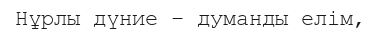
Нұрлы дүние – думанды елім,